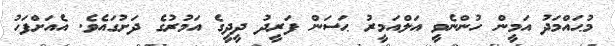
މުޙައްމަދު އަމީން ހުންނެވީ އަލްއަމީރު ޙަސަން ފަރީދު ދީދީގެ އަމުރުގެ ދަށުގައެވެ. އެއަށްފަހު